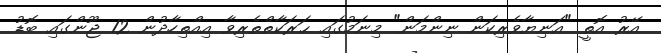
އޭރު އޮތީ "އަނިޔާވެރިކަން ނިންމަން" މިނަމުގައި ޙަރަކާތްތެރިވާ އިއްތިހާދުން 12 ޖޫންގައި ބޮޑު